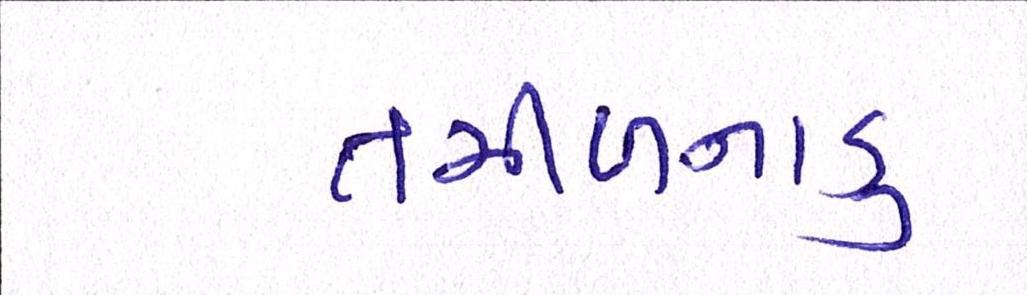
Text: તમીળનાડુ